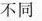
不同